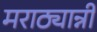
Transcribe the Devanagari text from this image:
मराठ्यान्नी